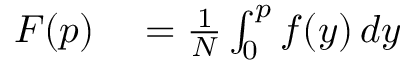
\begin{array} { r l } { F ( p ) } & { { } = \frac { 1 } { N } \int _ { 0 } ^ { p } f ( y ) \, d y } \end{array}